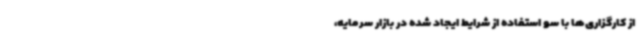
از کارگزاری‌ها با سو استفاده از شرایط ایجاد شده در بازار سرمایه،